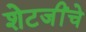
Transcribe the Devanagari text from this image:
शेटजींचे